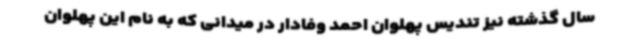
سال گذشته نیز تندیس پهلوان احمد وفادار در میدانی که به نام این پهلوان